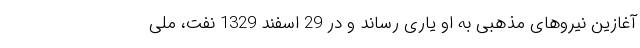
آغازین نیروهای مذهبی به او یاری رساند و در 29 اسفند 1329 نفت، ملی